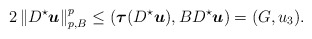
\begin{align*}2\left\|D^\star{ \boldsymbol u}\right\|_{p,B}^p \leq \left({\boldsymbol\tau}(D^\star{ \boldsymbol u}),B D^\star{ \boldsymbol u}\right)=(G,u_3).\end{align*}